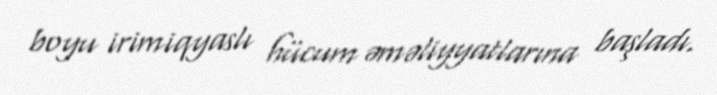
boyu irimiqyaslı hücum əməliyyatlarına başladı.